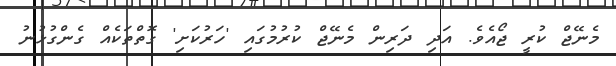
މެނޭޖް ކުރީ ޖޯއެވެ. އަދި ދަރިން މެނޭޖް ކުރުމުގައި 'ހަރުކަށި' ގޮތްތަކެއް ގެންގުޅުނު